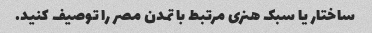
ساختار یا سبک هنری مرتبط با تمدن مصر را توصیف کنید.